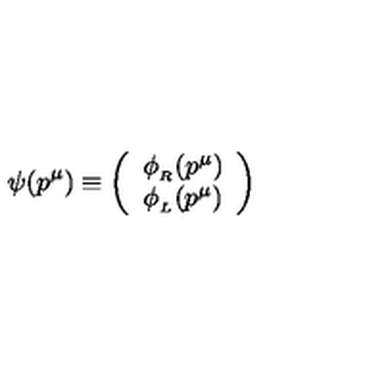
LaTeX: \psi ( p ^ { \mu } ) \equiv \left( \begin{array} { c } { \phi _ { _ R } ( p ^ { \mu } ) } \\ { \phi _ { _ L } ( p ^ { \mu } ) } \\ \end{array} \right)